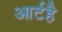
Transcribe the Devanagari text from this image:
आर्टहै